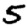
Digit: 5